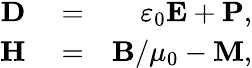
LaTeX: \begin{array}{rlr}{\mathbf{D}}&{{}=}&{\varepsilon_{0}\mathbf{E}+\mathbf{P},}\\ {\mathbf{H}}&{{}=}&{\mathbf{B}/\mu_{0}-\mathbf{M},}\end{array}